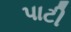
પાટી